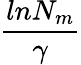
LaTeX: \frac{ln{N_{m}}}{\gamma}